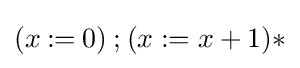
(x\mathbin {:=} 0)\mathbin {;} (x:=x+1){*}